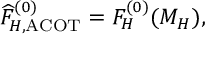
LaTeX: \widehat F _ { H , \mathrm { A C O T } } ^ { ( 0 ) } = F _ { H } ^ { ( 0 ) } ( M _ { H } ) ,